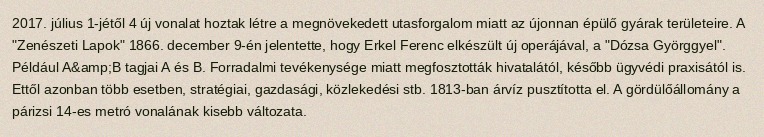
2017. július 1-jétől 4 új vonalat hoztak létre a megnövekedett utasforgalom miatt az újonnan épülő gyárak területeire. A "Zenészeti Lapok" 1866. december 9-én jelentette, hogy Erkel Ferenc elkészült új operájával, a "Dózsa Györggyel". Például A&amp;B tagjai A és B. Forradalmi tevékenysége miatt megfosztották hivatalától, később ügyvédi praxisától is. Ettől azonban több esetben, stratégiai, gazdasági, közlekedési stb. 1813-ban árvíz pusztította el. A gördülőállomány a párizsi 14-es metró vonalának kisebb változata.